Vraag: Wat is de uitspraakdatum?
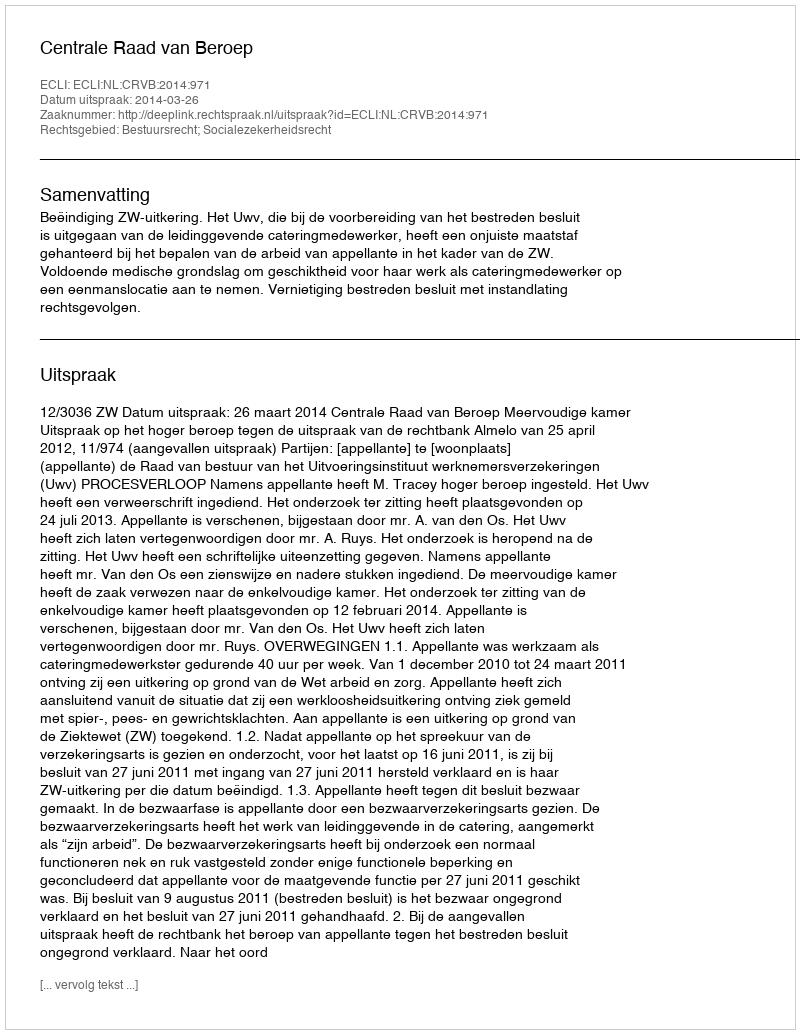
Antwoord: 2014-03-26